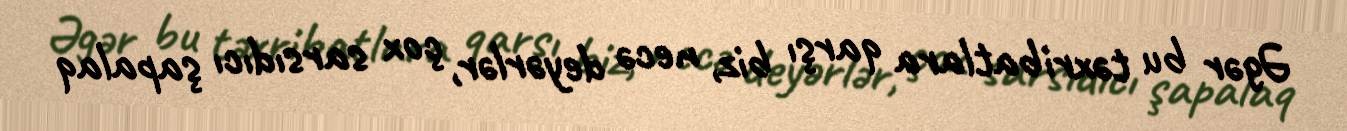
Əgər bu təxribatlara qarşı biz, necə deyərlər, çox sarsıdıcı şapalaq